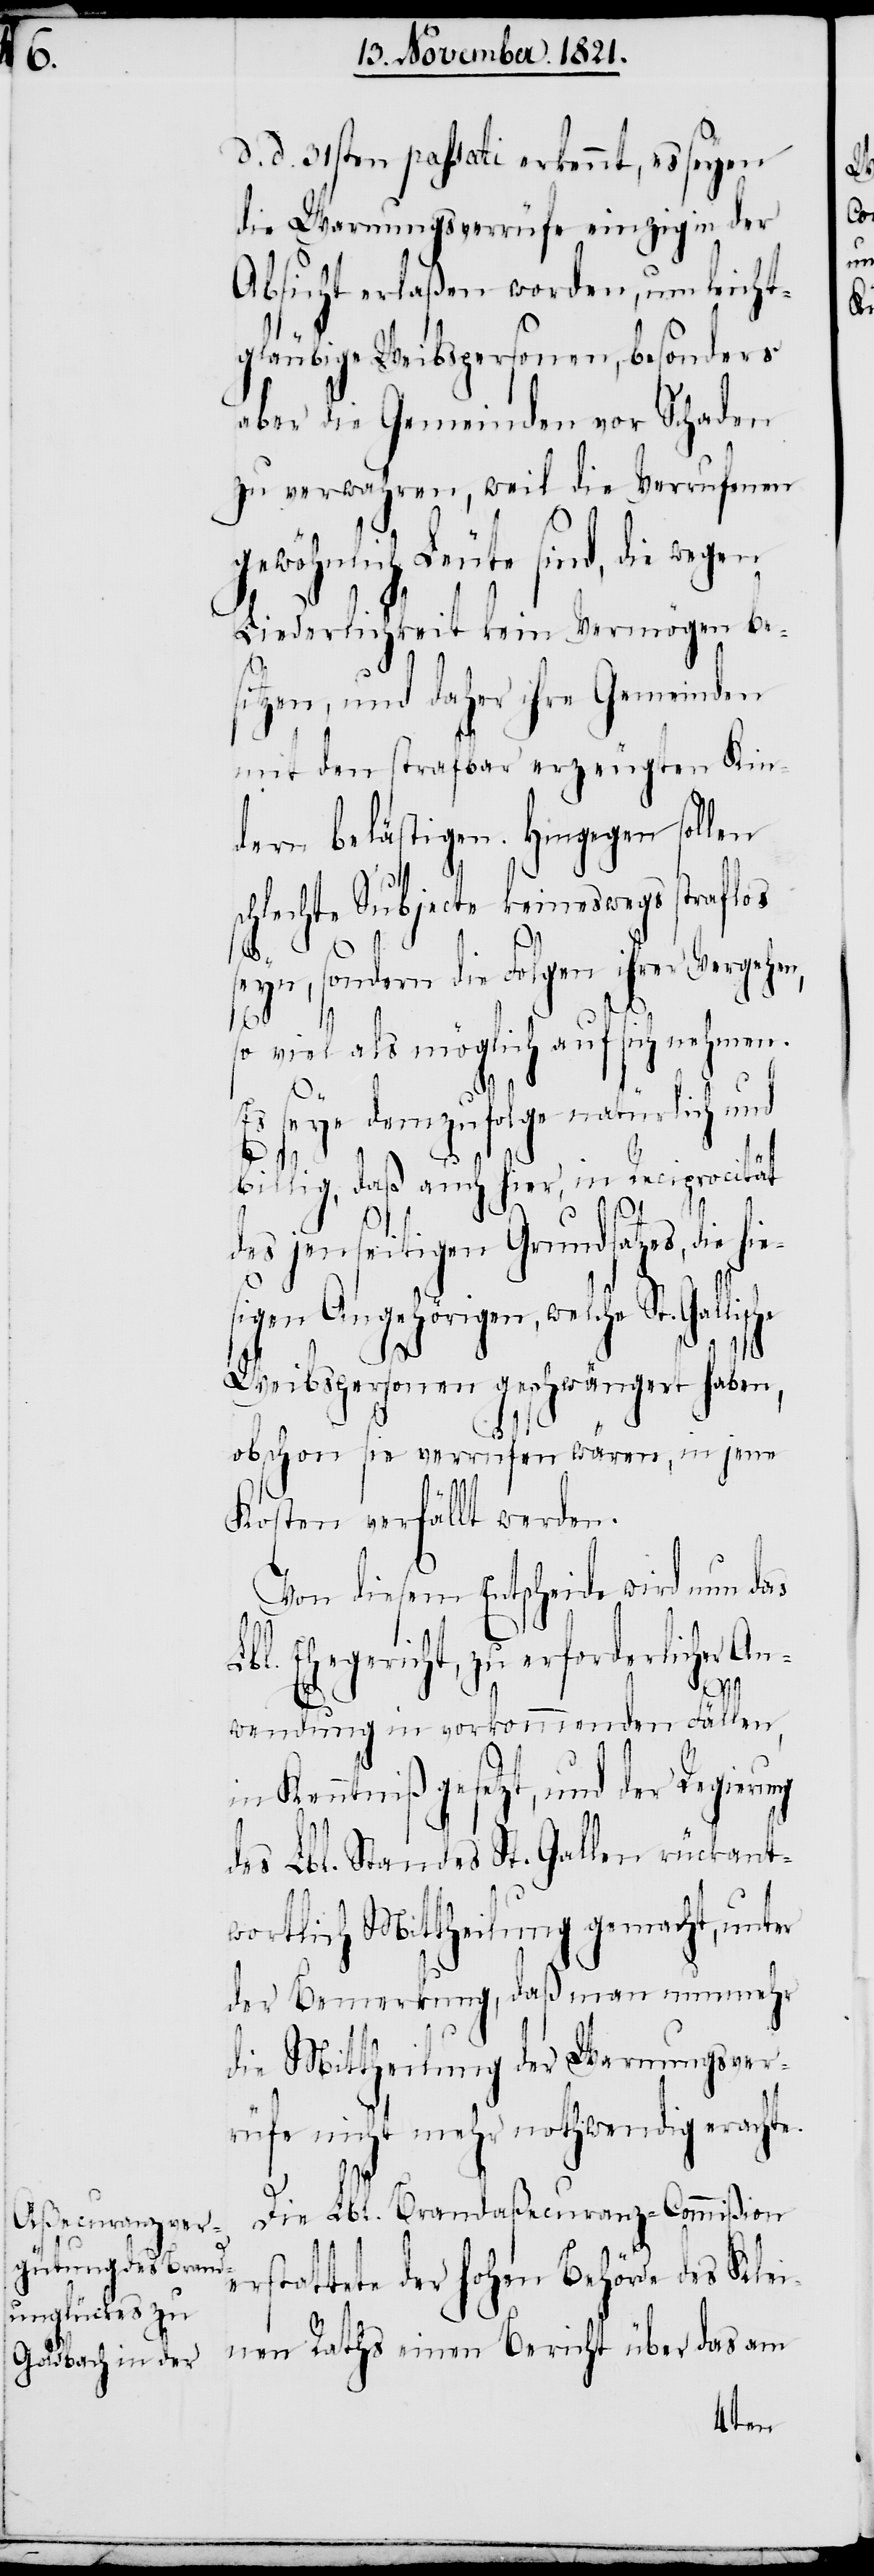
d. d. 31sten passati erkennt, es seyen
die Warnungsverrüfe einzig in der
Absicht erlaßen worden, um leicht¬
gläubige Weibspersonen, besonders
aber die Gemeinden vor Schaden
zu verwahren, weil die Verrufenen
gewöhnlich Leute sind, die wegen
Liederlichkeit kein Vermögen be¬
sitzen, und daher ihre Gemeinden
mit den strafbar erzeugten Kin¬
dern belästigen. Hingegen sollen
schlechte Subjecte keineswegs straflos
seyn, sondern die Folgen ihrer Vergehen,
so viel als möglich auf sich nehmen.
Es seye demzufolge natürlich und
billig, daß auch hier, in Reciprocität
des jenseitigen Grundsatzes, die hie¬
sigen Angehörigen, welche
Weibspersonen geschwängert haben,
obschon sie verrufen wären, in jene
Kosten verfällt werden.
Von diesem Entscheide wird nun das
Lbl. Ehegerichte, zu erforderlicher An¬
wendung in vorkommenden Fällen,
in Kenntniß gesetzt, und der Regierung
des Lbl. Standes St. Gallen rückant¬
wortlich Mittheilung gemacht, unter
der Bemerkung, daß man nunmehr
die Mittheilung der Warnungsver¬
rüfe nicht mehr nothwendig erachte.
Die Lbl. Brandaßecuranz-Commißion
erstattete der hohen Behörde des Klei¬
nen Raths einen Bericht über das am